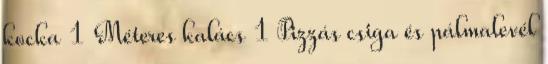
kocka 1 Méteres kalács 1 Pizzás csiga és pálmalevél